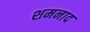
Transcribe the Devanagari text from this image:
शमनाद